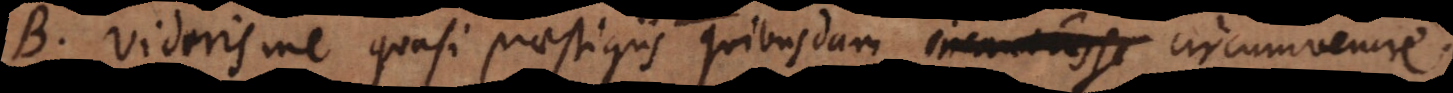
B. Videris me quasi praestigiis quibusdam incantasse circumvenire.